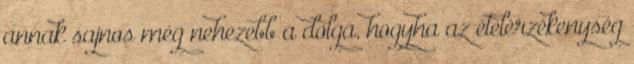
annak sajnos még nehezebb a dolga, hogyha az ételérzékenység